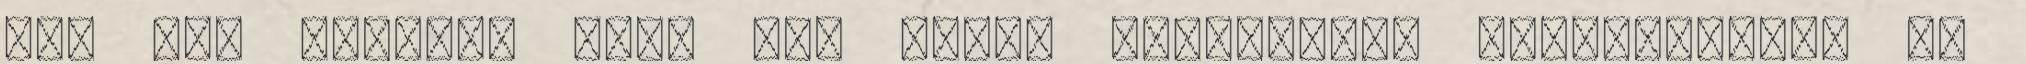
Bár nem biztos, hogy van ennek egyáltalán jelentősége. De